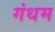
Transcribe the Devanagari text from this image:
गंधम